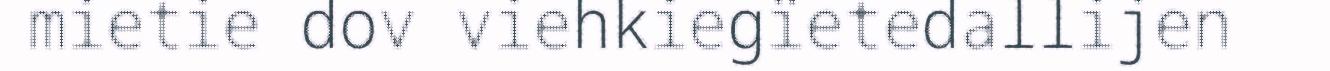
mietie dov viehkiegïetedallijen